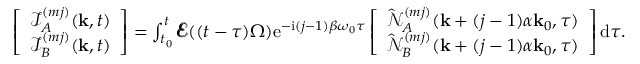
\begin{array} { r } { \left[ \begin{array} { c } { \mathcal { I } _ { A } ^ { ( m j ) } ( \mathbf { k } , t ) } \\ { \mathcal { I } _ { B } ^ { ( m j ) } ( \mathbf { k } , t ) } \end{array} \right] = \int _ { t _ { 0 } } ^ { t } \pmb { \mathcal { E } } ( ( t - \tau ) \Omega ) \mathrm { e } ^ { - \mathrm { i } ( j - 1 ) \beta \omega _ { 0 } \tau } \left[ \begin{array} { c } { \hat { \mathcal { N } } _ { A } ^ { ( m j ) } ( \mathbf { k } + ( j - 1 ) \alpha \mathbf { k } _ { 0 } , \tau ) } \\ { \hat { \mathcal { N } } _ { B } ^ { ( m j ) } ( \mathbf { k } + ( j - 1 ) \alpha \mathbf { k } _ { 0 } , \tau ) } \end{array} \right] \mathrm { d } \tau . } \end{array}